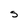
Character: S